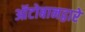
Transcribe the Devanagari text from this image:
ऑटोबानद्वारे